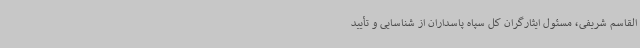
القاسم شریفی، مسئول ایثارگران کل سپاه پاسداران از شناسایی و تأیید